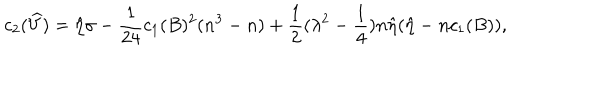
c _ { 2 } ( \widehat { V } ) = \hat { \eta } \sigma - \frac { 1 } { 2 4 } c _ { 1 } ( B ) ^ { 2 } ( n ^ { 3 } - n ) + \frac { 1 } { 2 } ( \lambda ^ { 2 } - \frac { 1 } { 4 } ) n \hat { \eta } ( \hat { \eta } - n c _ { 1 } ( B ) ) ,